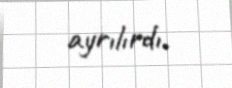
ayrılırdı.